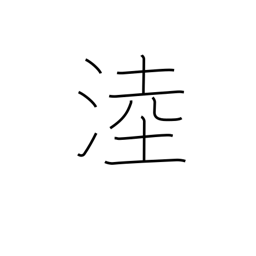
Meaning: name of a wetland